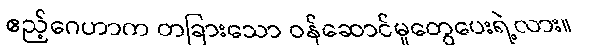
ဧည့်ဂေဟာက တခြားသော ဝန်ဆောင်မှုတွေပေးရဲ့လား။